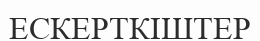
ЕСКЕРТКІШТЕР